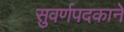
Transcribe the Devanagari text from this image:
सुवर्णपदकाने